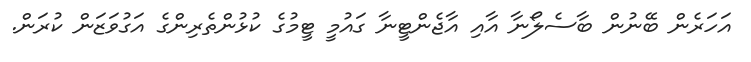
އަހަރެން ބޭނުން ބާސެލޯނާ އާއި އާޖެންޓީނާ ގައުމީ ޓީމުގެ ކުޅުންތެރިންގެ އަގުވަޒަން ކުރަން.